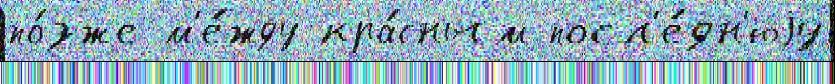
по́зже м'е́жду кра́сным посл'е́дн'юjу